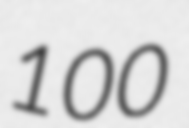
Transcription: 100